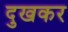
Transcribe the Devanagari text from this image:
दुखकर